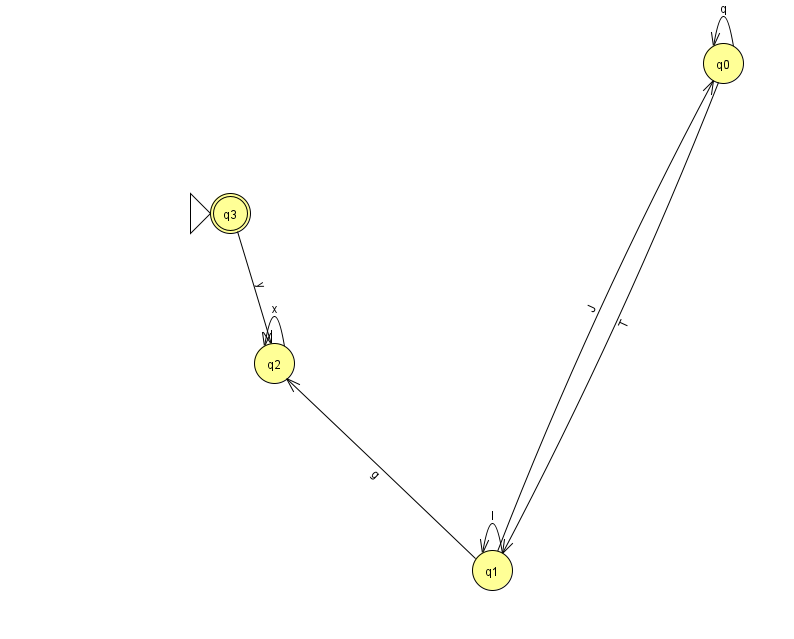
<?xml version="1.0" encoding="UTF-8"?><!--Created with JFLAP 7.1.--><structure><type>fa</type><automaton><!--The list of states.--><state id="0" name="q0"><x>723.0</x><y>50.0</y></state><state id="1" name="q1"><x>492.0</x><y>557.0</y></state><state id="2" name="q2"><x>274.0</x><y>350.0</y></state><state id="3" name="q3"><x>230.0</x><y>200.0</y><initial/><final/></state><!--The list of transitions.--><transition><from>0</from><to>0</to><read>q</read></transition><transition><from>1</from><to>2</to><read>g</read></transition><transition><from>3</from><to>2</to><read>y</read></transition><transition><from>1</from><to>0</to><read>J</read></transition><transition><from>0</from><to>1</to><read>T</read></transition><transition><from>2</from><to>2</to><read>x</read></transition><transition><from>1</from><to>1</to><read>I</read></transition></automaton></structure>